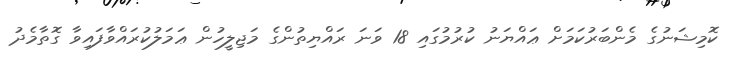
ކޮމިޝަނުގެ މެންބަރުކަމަށް ޢައްޔަނު ކުރުމުގައި 18 ވަނަ ރައްޔިތުންގެ މަޖިލީހުން ޢަމަލުކުރައްވާފައިވާ ގޮތާމެދު